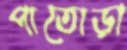
পাতোড়া